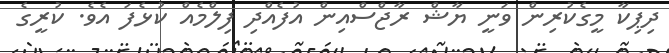
ދިޕިކާ މީގެކުރިން ވަނީ ޔާޝް ރާޖްސްއިން އުފެއްދި ފިލްމެއް ކުޅެފަ އެވެ. ކުރީގެ